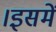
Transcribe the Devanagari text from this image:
।इसमें